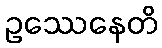
ဥဿေနေတိ